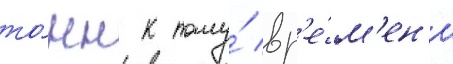
то́нн к тому́ вр'е́м'ен'и